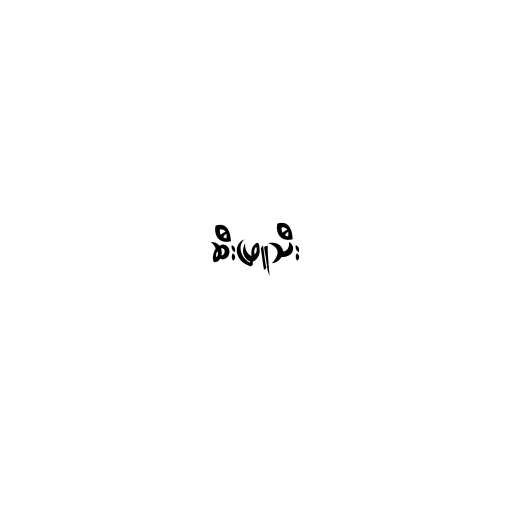
ဆီးဖြူသီး